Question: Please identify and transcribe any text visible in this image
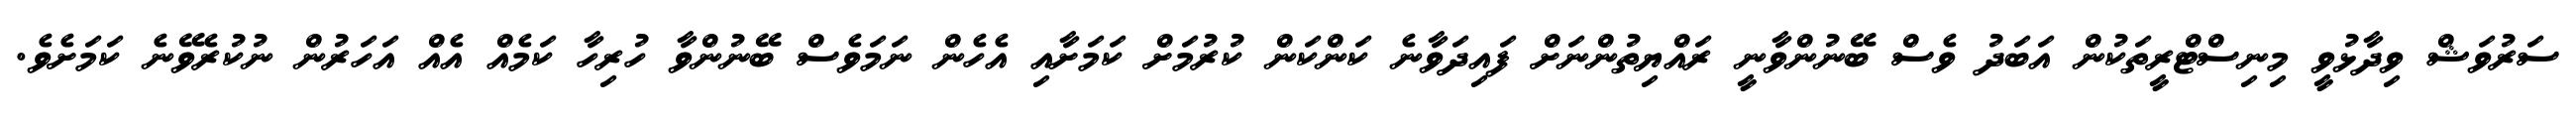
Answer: ސަރުވަޝް ވިދާޅުވީ މިނިސްޓްރީތަކުން އަބަދު ވެސް ބޭނުންވާނީ ރައްޔިތުންނަށް ފައިދަވާނެ ކަންކަން ކުރުމަށް ކަމަށާއި އެހެން ނަމަވެސް ބޭނުންވާ ހުރިހާ ކަމެއް އެއް އަހަރުން ނުކުރެވޭނެ ކަމަށެވެ.